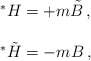
\begin{align*}\begin{array}{rcl}&& {}^{*}H = + m \tilde{B}\, ,\\ & & \\&& {}^{*}\tilde{H} = - m B\, ,\\\end{array}\end{align*}